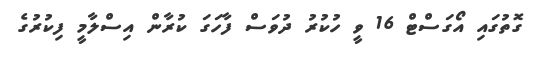
ގޮތުގައި އޯގަސްޓް 16 ވީ ހުކުރު ދުވަސް ފާހަގަ ކުރާން އިސްލާމީ ފިކުރުގެ